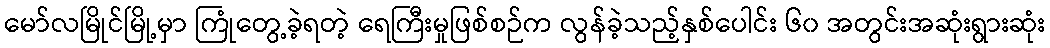
မော်လမြိုင်မြို့မှာ ကြုံတွေ့ခဲ့ရတဲ့ ရေကြီးမှုဖြစ်စဉ်က လွန်ခဲ့သည့်နှစ်ပေါင်း ၆၀ အတွင်းအဆုံးရွားဆုံး